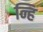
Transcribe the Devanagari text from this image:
न्हि